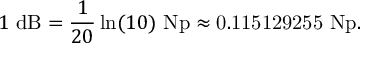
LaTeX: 1 \ \mathrm { d B } = { \frac { 1 } { 2 0 } } \ln ( 1 0 ) \ \mathrm { N p } \approx { \mathrm { 0 . 1 1 5 1 2 9 2 5 5 ~ N p } } .